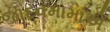
જાદવમામાએ